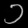
Digit: ၁